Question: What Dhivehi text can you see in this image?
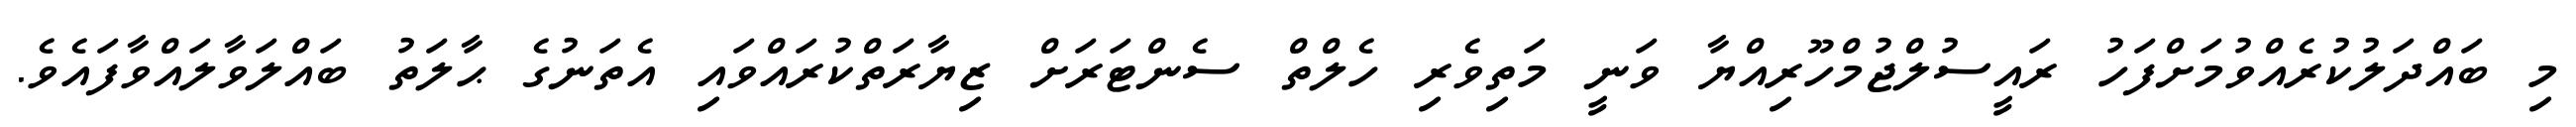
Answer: މި ބައްދަލުކުރެއްވުމަށްފަހު ރައީސުލްޖުމްހޫރިއްޔާ ވަނީ މަތިވެރި ހެލްތް ސެންޓަރަށް ޒިޔާރަތްކުރައްވައި އެތަނުގެ ޙާލަތު ބައްލަވާލައްވާފައެވެ.